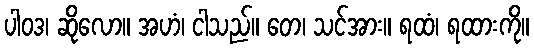
ပါဝဒ၊ ဆိုလော။ အဟံ၊ ငါသည်။ တေ၊ သင်အား။ ရထံ၊ ရထားကို။